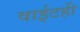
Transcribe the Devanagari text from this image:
वाईटही